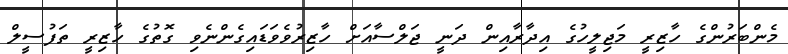
މެންބަރުންގެ ހާޒިރީ މަޖިލީހުގެ އިދާރާއިން ދަނީ ޖަލްސާއަށް ހާޒިރުވެވަޑައިގެންނެވި ގޮތުގެ ހާޒިރީ ތަފުސީލް